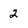
Character: 2